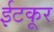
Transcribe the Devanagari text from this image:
ईटकूर